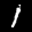
Label: 1